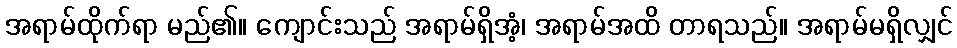
အရာမ်ထိုက်ရာ မည်၏။ ကျောင်းသည် အရာမ်ရှိအံ့၊ အရာမ်အထိ တာရသည်။ အရာမ်မရှိလျှင်